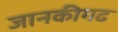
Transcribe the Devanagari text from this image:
जानकीगढ